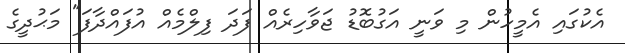
އެކުގައި އެމީހުން މި ވަނީ އަގުބޮޑު ޖަވާހިރެއް ފަދަ ފިލްމެއް އުފައްދާފަ" މަޙުދީގެ